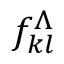
f _ { k l } ^ { \Lambda }